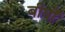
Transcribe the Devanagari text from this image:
बीघों